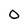
Character: O